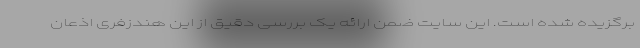
برگزیده شده است. این سایت ضمن ارائه یک بررسی دقیق از این هندزفری اذعان